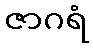
ဇာဂရံ